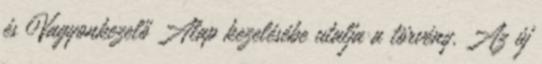
és Vagyonkezelő Alap kezelésébe utalja a törvény. Az új